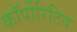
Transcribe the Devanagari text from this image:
कॉर्पोरिटिव